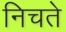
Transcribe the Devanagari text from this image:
निचते